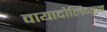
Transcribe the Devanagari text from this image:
वायादोलिदहून